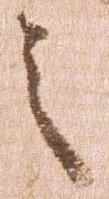
之